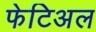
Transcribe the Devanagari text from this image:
फेटिअल